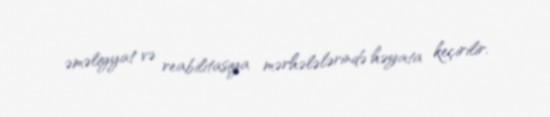
əməliyyat və reabilitasiya mərhələlərində həyata keçirilir.